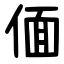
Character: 偭